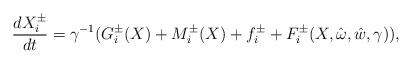
LaTeX: \begin{align*}\frac{dX_i^{\pm}}{dt}= \gamma^{-1} (G_i^{\pm}( X) + M_{i}^{\pm}( X) + f_i^{\pm} + F_i^{\pm}( X, \hat \omega,\hat w, \gamma)),\end{align*}